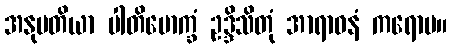
အနုမတိယာ ပါတိမောက္ခံ ဥဒ္ဒိသိတုံ အာရာဓနံ ကရောမ။